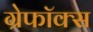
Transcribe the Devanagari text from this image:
ग्रेफॉक्स